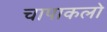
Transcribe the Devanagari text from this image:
चापाकलो